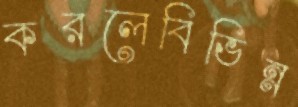
করলেবিভিন্ন